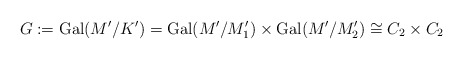
\begin{align*} G := {\rm Gal}(M'/K')={\rm Gal}(M'/M_1')\times{\rm Gal}(M'/M_2')\cong C_2\times C_2\end{align*}